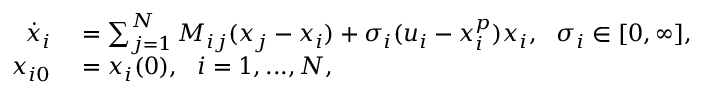
\begin{array} { r l } { \dot { x } _ { i } } & { { } = \sum _ { j = 1 } ^ { N } M _ { i j } ( x _ { j } - x _ { i } ) + \sigma _ { i } ( u _ { i } - x _ { i } ^ { p } ) x _ { i } , \ \ \sigma _ { i } \in [ 0 , \infty ] , } \\ { x _ { i 0 } } & { { } = x _ { i } ( 0 ) , \ \ i = 1 , . . . , N , } \end{array}